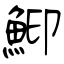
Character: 鮣